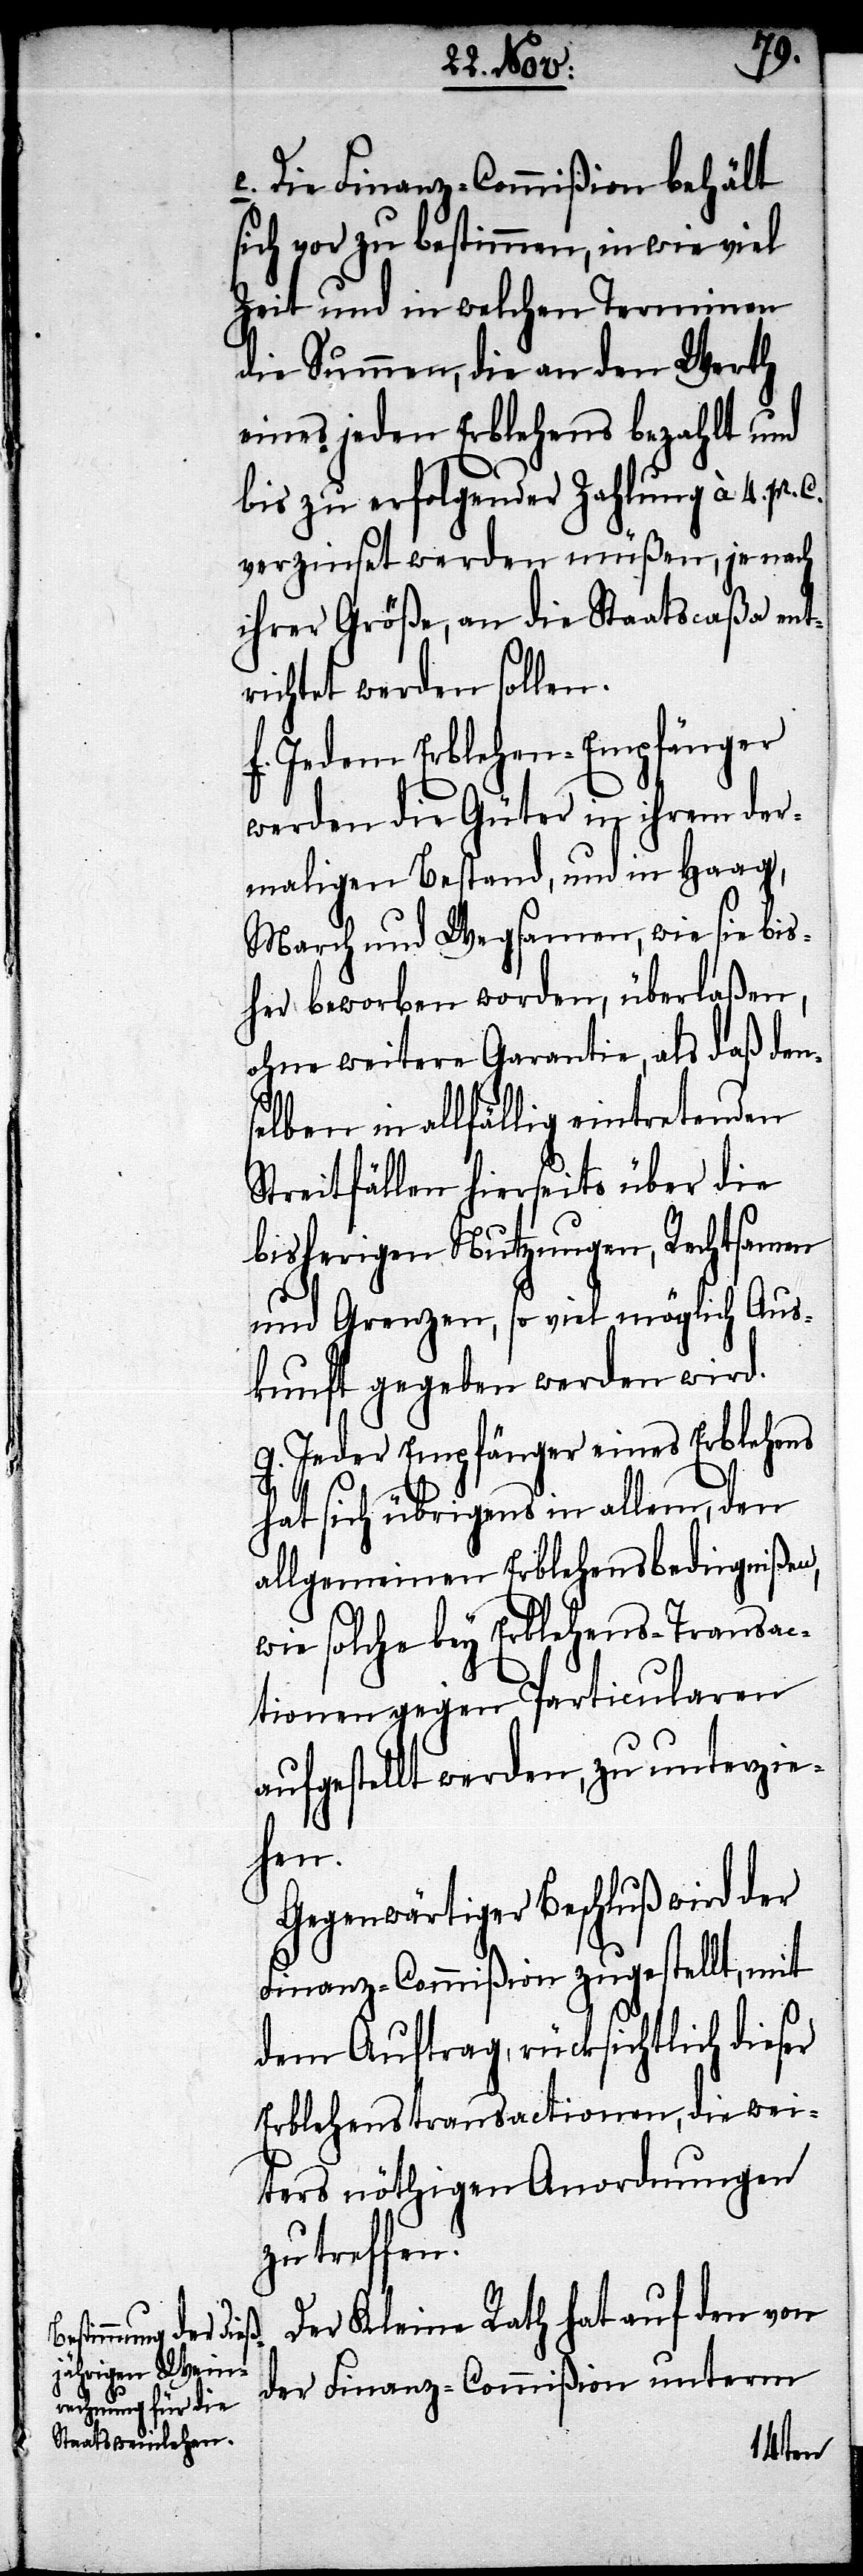
3. Die Finanz-Commißion behält
sich vor zu bestimmen, in wie viel
Zeit und in welchen Terminen
die Summen, die an den Werth
eines jeden Erblehens bezahlt und
bis zu erfolgender Zahlung à. 4. pr.
vorzinset werden müßen, je nach
ihrer Größe, an die Staatscaßa ent¬
richtet werden sollen.
f. Jedem Erblehen-Empfänger
werden die Güter in ihrem der¬
maligen Bestand, und in Haag,
March und Wegsamen, wie sie bis¬
her beworben worden, überlaßen,
ohne weitere Garantie, als daß den¬
selben in allfällig eintretenden
Streitfällen hierseits über die
bisherigen Nutzungen, Rechtsamen
und Grenzen, so viel möglich Aus¬
kunft gegeben werden wird.
g. Jeder Empfänger eines Erblehens
hat sich übrigens in allem, den
allgemeinen Erblehensbedingnißen,
wie solche bey Erblehens-Transac¬
tionen gegen Particularen
aufgestellt werden, zu unterzie¬
hen.
Gegenwärtiger Beschluß wird der
Finanz-Commißion zugestellt, mit
dem Auftrag, rücksichtlich dieser
Erblehensactionen, die wei¬
ters nöthigen Anordnungen
zu treffen.
Der Kleine Rath hat auf den vor
der Finanz-Commißion unterm